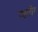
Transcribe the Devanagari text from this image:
व्शरीर